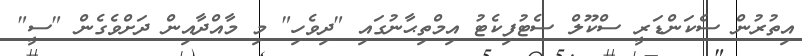
އިތުރުން ސެކަންޑަރީ ސްކޫލް ސެޓުފިކެޓު އިމްތިޙާނުގައި "ދިވެހި" މި މާއްދާއިން ދަށްވެގެން "ސީ"